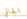
الجاني